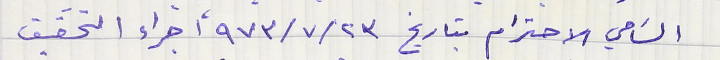
السَامي الاحترام بتاريخ ٩٧٣/٧/٢٣ أجراء التحقيق